Annual report on the lock hospitals of the Madras Presidency
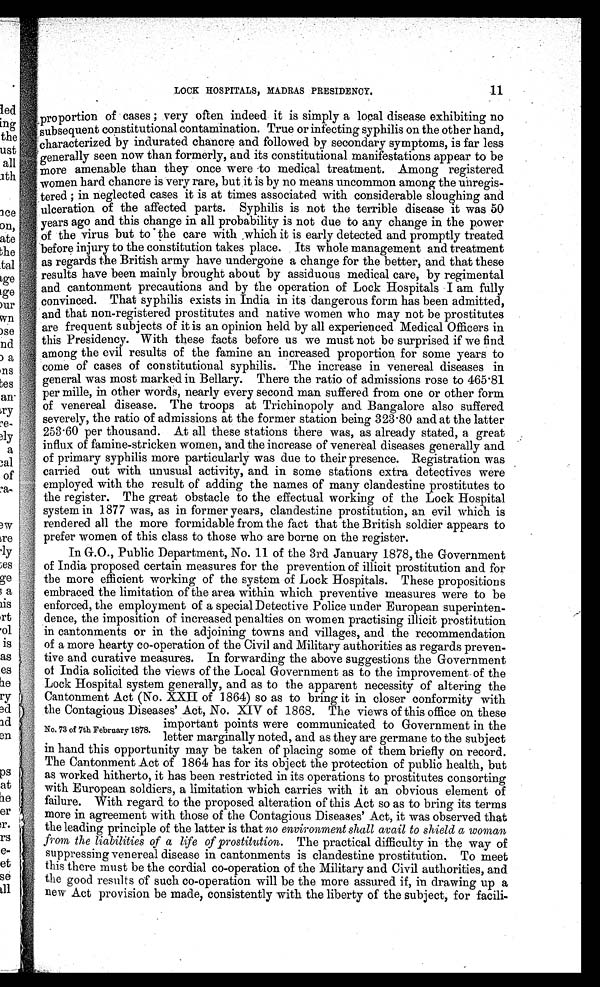
LOCK HOSPITALS, MADRAS PRESIDENCY.
11
, proportion of cases ; very often indeed it is simply a local disease exhibiting no
subsequent constitutional contamination. True or infecting syphilis on the other hand,
characterized by indurated chancre and followed by secondary symptoms, is far less
generally seen now than formerly, and its constitutional manifestations appear to be
more amenable than they once were -to medical treatment. Among registered
women hard chancre is very rare, but it is by no means uncommon among the unregis-
tered ; in neglected cases it is at times associated with considerable sloughing and
ulceration of the affected parts. Syphilis is not the terrible disease it was 50
years ago and this change in all probability is not due to any change in the power
of the virus but to ' the care with ,which it is early detected and promptly treated
before injury to the constitution takes place. Its whole management and treatment
as regards the British army have undergone a change for the better, and that these
results have been mainly brought about by assiduous medical care, by regimental
and cantonment precautions and by the operation of Lock Hospitals I am fully
convinced. That syphilis exists in India in its dangerous form has been admitted,
and that non-registered prostitutes and native women who may not be prostitutes
are frequent subjects of it is an opinion held by all experienced Medical Officers in
this Presidency. With these facts before us we must not be surprised if we find.
among the evil results of the famine an increased proportion for some years to
come of cases of constitutional syphilis. The increase in venereal diseases in
general was most marked in Bellary. There the ratio of admissions rose to 465-81
per mille, in other words, nearly every second man suffered from one or other form
of venereal disease. The troops at Trichinopoly and Bangalore also suffered
severely, the ratio of admissions at the former station being 323-80 and at the latter
253-60 per thousand. At all these stations there was, as already stated, a great
influx of famine-stricken women, and the increase of venereal diseases generally and -
of primary syphilis more particularly was due to their presence. Registration was
carried out with unusual activity, and in some stations extra detectives were
employed with the result of adding the names of many clandestine prostitutes to
the register. The great obstacle to the effectual working of the Lock Hospital
system in 1877 was, as in former years, clandestine prostitution, an evil which is
rendered all the more formidable from the fact that the British soldier appears to
prefer women of this class to those who are borne on the register.
In G.O., Public Department, No. 11 of the 3rd January 1878, the Government
of India proposed certain measures for the prevention of illicit prostitution and for
the more efficient working of the system of Lock Hospitals. These propositions
embraced the limitation of the area within which preventive measures were to be
enforced, the employment of a special Detective Police under European superinten-
dence, the imposition of increased penalties on women practising illicit prostitution
in cantonments or in the adjoining towns and villages, and the recommendation
of a more hearty co-operation of the Civil and Military authorities as regards preven-
tive and curative measures. In forwarding the above suggestions the Government
of India solicited the views of the Local Government as to the improvement of the
Lock Hospital system generally, and as to the apparent necessity of altering the
Cantonment Act (No. XXII of 1864) so as to bring it in closer conformity with
the Contagious Diseases' Act, No. XIV of 1868. The views of this office on these
important points were communicated to Government in the
No. 73 of 7th February 1878.
letter marginally noted, and as they are germane to the subject
in hand this opportunity may be taken of placing some of them briefly on record.
The Cantonment Act of 1864 has for its object the protection of public health, but
as worked hitherto, it has been restricted in its operations to prostitutes consorting
with European soldiers, a limitation which carries with it an obvious element of
failure. With regard to the proposed alteration of this Act so as to bring its terms
more in agreement with those of the Contagious Diseases' Act, it was observed that
the leading principle of the latter is that no environment shall avail to shield a woman
from the liabilities of a life of prostitution. The practical difficulty in the way of
suppressing venereal disease in cantonments is clandestine prostitution. To meet
this there must be the cordial co-operation of the Military and Civil authorities, and
the good results of such co-operation will be the more assured if, in drawing up a
new Act provision be made, consistently with the liberty of the subject, for facili-